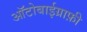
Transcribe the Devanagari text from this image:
आॅटोबाईग्राफ़ी